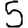
Digit: 5